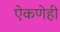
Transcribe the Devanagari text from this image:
ऐकणेही